Lunatic asylums Punjab 1868-1880 - 1868-1880
Year: 1868
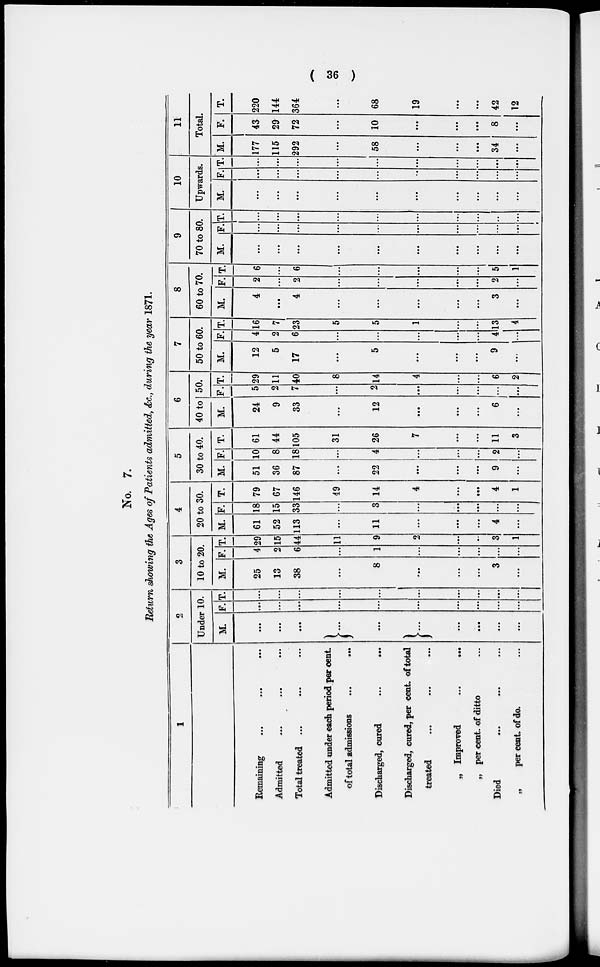
36
No. 7.
Return showing the Ages of Patients admitted, &c., during the year 1871.
1
Remaining
...
...
...
Admitted ... ... ...
Total treated ... ... ...
Admitted under each period per cent.
of total Admissions
...
...
Discharged, cured
...
...
Discharged, cured, per cent. of total
treated
...
...
...
„ Improved
...
...
„ per cent. of ditto
Died
...
...
...
„
per cent. of do. ...
2
Under 10.
M.
...
...
...
...
...
...
...
...
...
...
F.
...
...
...
...
...
...
...
...
...
...
T.
...
...
...
...
...
...
...
...
...
...
3
10 to 20.
M.
25
13
38
...
8
...
...
...
3
...
F.
4
2
6
...
1
...
...
...
...
...
T.
29
15
44
11
9
2
...
...
3
1
4
20 to 30.
M.
61
52
113
...
11
...
...
...
4
...
F.
18
15
33
...
3
...
...
...
...
...
T.
79
67
146
49
14
4
...
...
4
1
5
30 to 40.
M.
51
36
87
...
22
...
...
...
9
...
F
10
8
18
...
4
...
...
...
2
...
T.
61
44
105
31
26
7
...
...
11
3
6
40 to 50.
M.
24
9
33
...
12
...
...
...
6
...
F.
5
2
7
...
2
...
...
...
...
...
T.
29
11
40
8
14
4
...
...
6
2
7
50 to 60.
M.
12
5
17
...
5
...
...
...
9
...
F.
4
2
6
...
...
...
...
...
4
...
T.
16
7
23
5
5
1
...
...
13
4
8
60 to 70.
M.
4
...
4
...
...
...
...
...
3
...
F.
2
...
2
...
...
...
...
...
2
...
T.
6
...
6
...
...
...
...
...
5
1
9
70 to 80.
M.
...
...
...
...
...
...
...
...
...
...
F.
...
...
...
...
...
...
...
...
...
...
T.
...
...
...
...
...
...
...
...
...
...
10
Upwards.
M.
...
...
...
...
...
...
...
...
...
...
F.
...
...
...
...
...
...
...
...
...
...
T.
...
...
...
...
...
...
...
...
...
...
11
Total.
M.
177
115
292
...
58
...
...
...
34
...
F.
43
29
72
...
10
...
...
...
8
...
T.
220
144
364
...
68
19
...
...
42
12